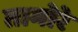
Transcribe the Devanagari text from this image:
तामोरे